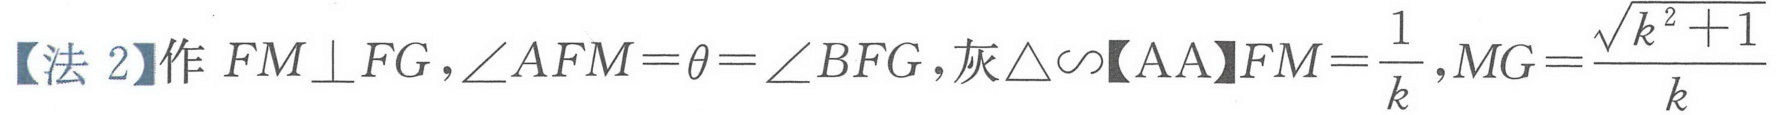
【法 2】作 \(FM\perp FG,\angle AFM=\theta=\angle BFG\),灰\(\triangle\sim\)【AA】\(FM = \frac{1}{k},MG=\frac{\sqrt{k^{2}+1}}{k}\)